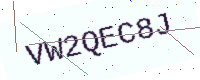
Text: VW2QEC8J